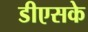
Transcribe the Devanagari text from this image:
डीएसके